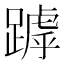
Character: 𨄥